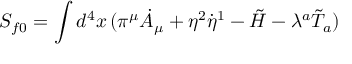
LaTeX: S _ { f 0 } = \int d ^ { 4 } x \, ( \pi ^ { \mu } \dot { A } _ { \mu } + \eta ^ { 2 } \dot { \eta } ^ { 1 } - \tilde { H } - \lambda ^ { a } \tilde { T } _ { a } )